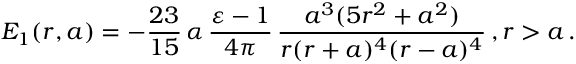
E _ { 1 } ( r , a ) = - \frac { 2 3 } { 1 5 } \, \alpha \, \frac { \varepsilon - 1 } { 4 \pi } \, \frac { a ^ { 3 } ( 5 r ^ { 2 } + a ^ { 2 } ) } { r ( r + a ) ^ { 4 } ( r - a ) ^ { 4 } } \, , r > a \, .